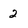
Character: 2